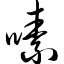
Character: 嗉